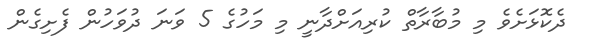
ދެކޮޅަށެވެ މި މުބާރާތް ކުރިއަށްދާނީ މި މަހުގެ 5 ވަނަ ދުވަހުން ފެށިގެން